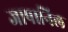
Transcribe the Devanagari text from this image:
जापानिल